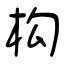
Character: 构